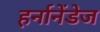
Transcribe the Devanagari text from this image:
हर्नानेंडेज